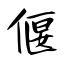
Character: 偃